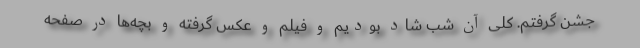
جشن گرفتم. کلی آن شب شاد بودیم و فیلم و عکس گرفته و بچه‌ها در صفحه